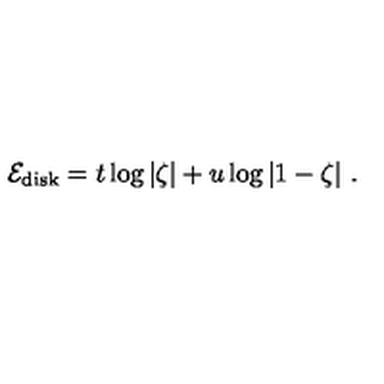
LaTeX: { \cal E } _ { \mathrm { d i s k } } = t \log \vert \zeta \vert + u \log \vert 1 - \zeta \vert \ .